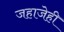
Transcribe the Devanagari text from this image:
जहाजेही